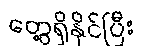
တွေ့ရှိနိုင်ပြီး